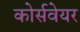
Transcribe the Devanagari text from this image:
कोर्सवेयर